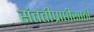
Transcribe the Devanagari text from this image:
संततीप्राप्तीसाठी